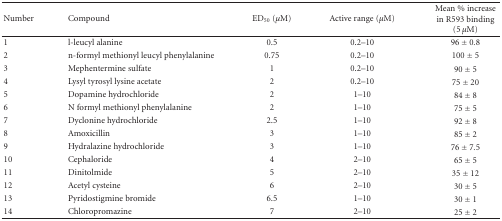
<table><thead><tr><td><b> Number</b></td><td><b>Compound</b></td><td><b>ED<sub>50</sub> (<i>μ</i>M)</b></td><td><b>Active range (<i>μ</i>M)</b></td><td><b>Mean % increase in R593 binding (5 <i>μ</i>M)</b></td></tr></thead><tbody><tr><td>1</td><td>l-leucyl alanine</td><td>0.5</td><td>0.2–10</td><td>96 ± 0.8</td></tr><tr><td>2</td><td>n-formyl methionyl leucyl phenylalanine</td><td>0.75</td><td>0.2–10</td><td>100 ± 5</td></tr><tr><td>3</td><td>Mephentermine sulfate</td><td>1</td><td>0.2–10</td><td>90 ± 5</td></tr><tr><td>4</td><td>Lysyl tyrosyl lysine acetate</td><td>2</td><td>0.2–10</td><td>75 ± 20</td></tr><tr><td>5</td><td>Dopamine hydrochloride</td><td>2</td><td>1–10</td><td>84 ± 8</td></tr><tr><td>6</td><td>N formyl methionyl phenylalanine</td><td>2</td><td>1–10</td><td>75 ± 5</td></tr><tr><td>7</td><td>Dyclonine hydrochloride</td><td>2.5</td><td>1–10</td><td>92 ± 8</td></tr><tr><td>8</td><td>Amoxicillin</td><td>3</td><td>1–10</td><td>85 ± 2</td></tr><tr><td>9</td><td>Hydralazine hydrochloride</td><td>3</td><td>1–10</td><td>76 ± 7.5</td></tr><tr><td>10</td><td>Cephaloride</td><td>4</td><td>2–10</td><td>65 ± 5</td></tr><tr><td>11</td><td>Dinitolmide</td><td>5</td><td>2–10</td><td>35 ± 12</td></tr><tr><td>12</td><td>Acetyl cysteine</td><td>6</td><td>2–10</td><td>30 ± 5</td></tr><tr><td>13</td><td>Pyridostigmine bromide</td><td>6.5</td><td>1–10</td><td>30 ± 1</td></tr><tr><td>14</td><td>Chloropromazine</td><td>7</td><td>2–10</td><td>25 ± 2</td></tr></tbody></table>